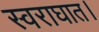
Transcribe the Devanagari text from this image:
स्वराघात।